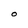
Character: O